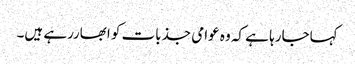
کہاجارہا ہے کہ وہ عوامی جذبات کو ابھاررہے ہیں۔